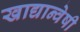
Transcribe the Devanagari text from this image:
खाद्यान्वेषी